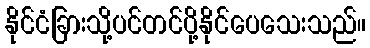
နိုင်ငံခြားသို့ပင်တင်ပို့နိုင်ပေသေးသည်။